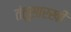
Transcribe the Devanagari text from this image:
तंतूसारखी